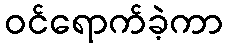
ဝင်ရောက်ခဲ့ကာ